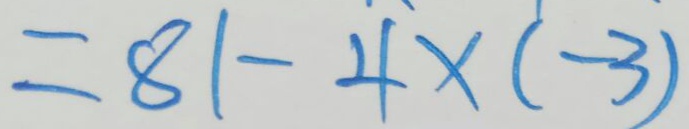
= 8 1 - 4 \times ( - 3 )